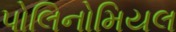
પોલિનોમિયલ